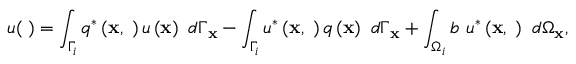
u ( { \mathbf \xi } ) = \int _ { \Gamma _ { i } } q ^ { * } \left( \mathbf { x } , { \mathbf \xi } \right) u \left( \mathbf { x } \right) \ d \Gamma _ { \mathbf { x } } - \int _ { \Gamma _ { i } } u ^ { * } \left( \mathbf { x } , { \mathbf \xi } \right) q \left( \mathbf { x } \right) \ d \Gamma _ { \mathbf { x } } + \int _ { \Omega _ { i } } b \ u ^ { * } \left( \mathbf { x } , { \mathbf \xi } \right) \ d \Omega _ { \mathbf { x } } ,